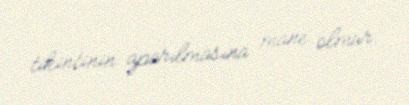
tikintinin aparılmasına mane olmur.